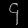
Digit: ၄